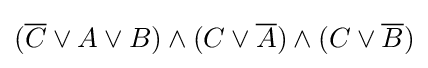
({\overline {C}}\vee A\vee B)\wedge (C\vee {\overline {A}})\wedge (C\vee {\overline {B}})